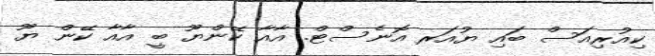
ކިއުރިއަސް ބައި ޔުއަރ އޮނެސްޓް. އާއާ ކޭންޔޫ ބީ އާއާ ކޭން ޔޫ